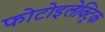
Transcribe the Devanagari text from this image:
फोटोइलेक्ट्रिक